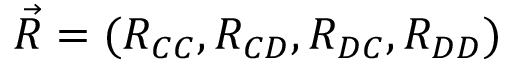
\vec { R } = ( R _ { C C } , R _ { C D } , R _ { D C } , R _ { D D } )